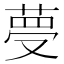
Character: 𦴋